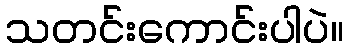
သတင်းကောင်းပါပဲ။